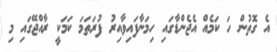
އެ ގޮތުން ހަ ކަމެއް އެޖެންޑާގައި ހިމަނާފައިވާއިރު ފުރަތަމަ ކަމަކީ ރާއްޖޭގައި މި